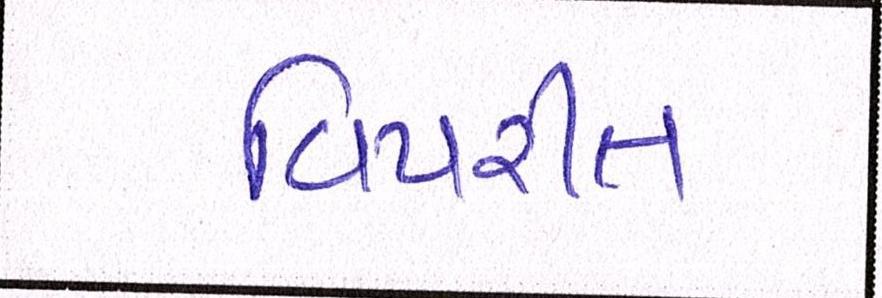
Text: વિપરીત